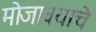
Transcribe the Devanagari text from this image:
मोजावयाचे